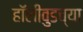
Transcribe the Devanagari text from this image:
हॉलीवुडच्या